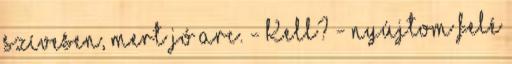
szívesen, mert jó arc. - Kell? - nyújtom felé